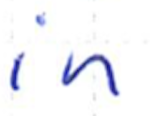
Text: in
Cross-out: clean
Writing tool: ballpoint